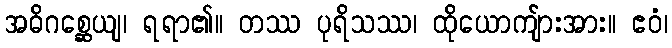
အဓိဂစ္ဆေယျ၊ ရရာ၏။ တဿ ပုရိသဿ၊ ထိုယောကျ်ားအား။ ဧဝံ၊